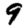
Digit: 9